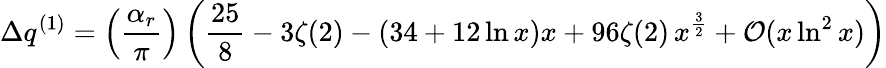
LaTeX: \Delta q^{(1)}=\left(\frac{\alpha_{r}}{\pi}\right)\left(\frac{25}{8}-3\zeta(2)-(34+12\ln x)x+96\zeta(2)\, x^{\frac{3}{2}}+{\cal O}(x\ln^{2}x)\right)